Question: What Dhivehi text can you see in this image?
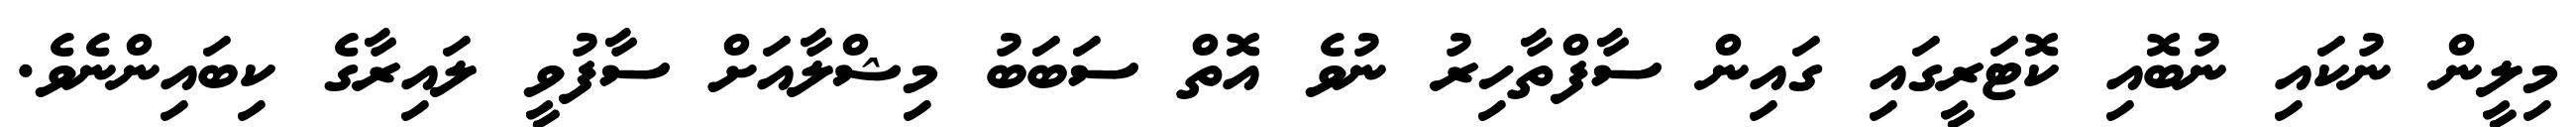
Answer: މިލީން ނުކައި ނުބޮއި ކޮޓަރީގައި ގައިން ސާފްތާހިރު ނުވެ އޮތް ސަބަބު މިޝްލާއަށް ސާފުވީ ލައިރާގެ ކިބައިންނެވެ.